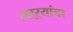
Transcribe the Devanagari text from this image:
स्वाऱ्यांचा